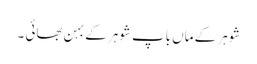
شوہر کے ماں باپ شوہر کے بہن بھائی ۔